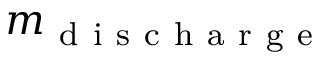
m _ { \mathrm { ~ d ~ i ~ s ~ c ~ h ~ a ~ r ~ g ~ e ~ } }